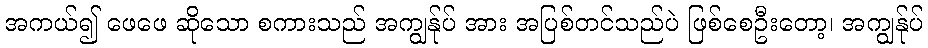
အကယ်၍ ဖေဖေ ဆိုသော စကားသည် အကျွန်ုပ် အား အပြစ်တင်သည်ပဲ ဖြစ်စေဦးတော့၊ အကျွန်ုပ်